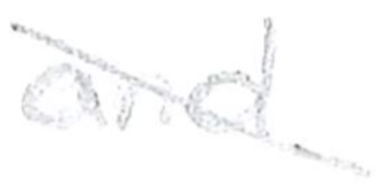
Text: and
Cross-out: diagonal
Writing tool: pencil